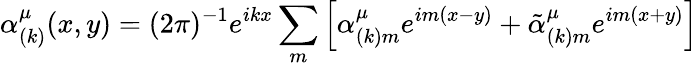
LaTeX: \alpha_{(k)}^{\mu}(x,y)=(2\pi)^{-1}e^{ikx}\sum_{m}\left[\alpha_{(k)m}^{\mu}e^{im(x-y)}+\tilde{\alpha}_{(k)m}^{\mu}e^{im(x+y)}\right]